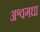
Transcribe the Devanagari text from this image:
अश्वगधा